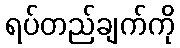
ရပ်တည်ချက်ကို